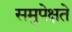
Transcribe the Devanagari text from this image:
समुपेक्षते